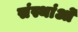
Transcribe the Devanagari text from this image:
संस्थांओं